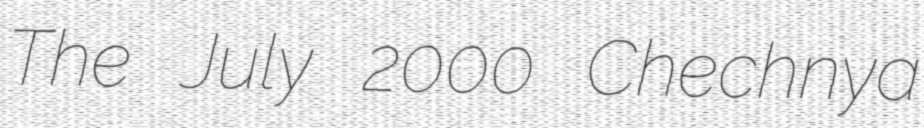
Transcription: The July 2000 Chechnya